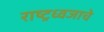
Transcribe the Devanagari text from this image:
राष्ट्रध्वजाचे